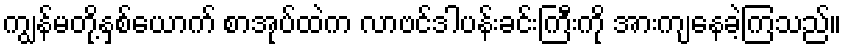
ကျွန်မတို့နှစ်ယောက် စာအုပ်ထဲက လာဗင်ဒါပန်းခင်းကြီးကို အားကျနေခဲ့ကြသည်။